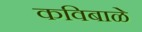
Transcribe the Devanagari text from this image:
कविबाळे